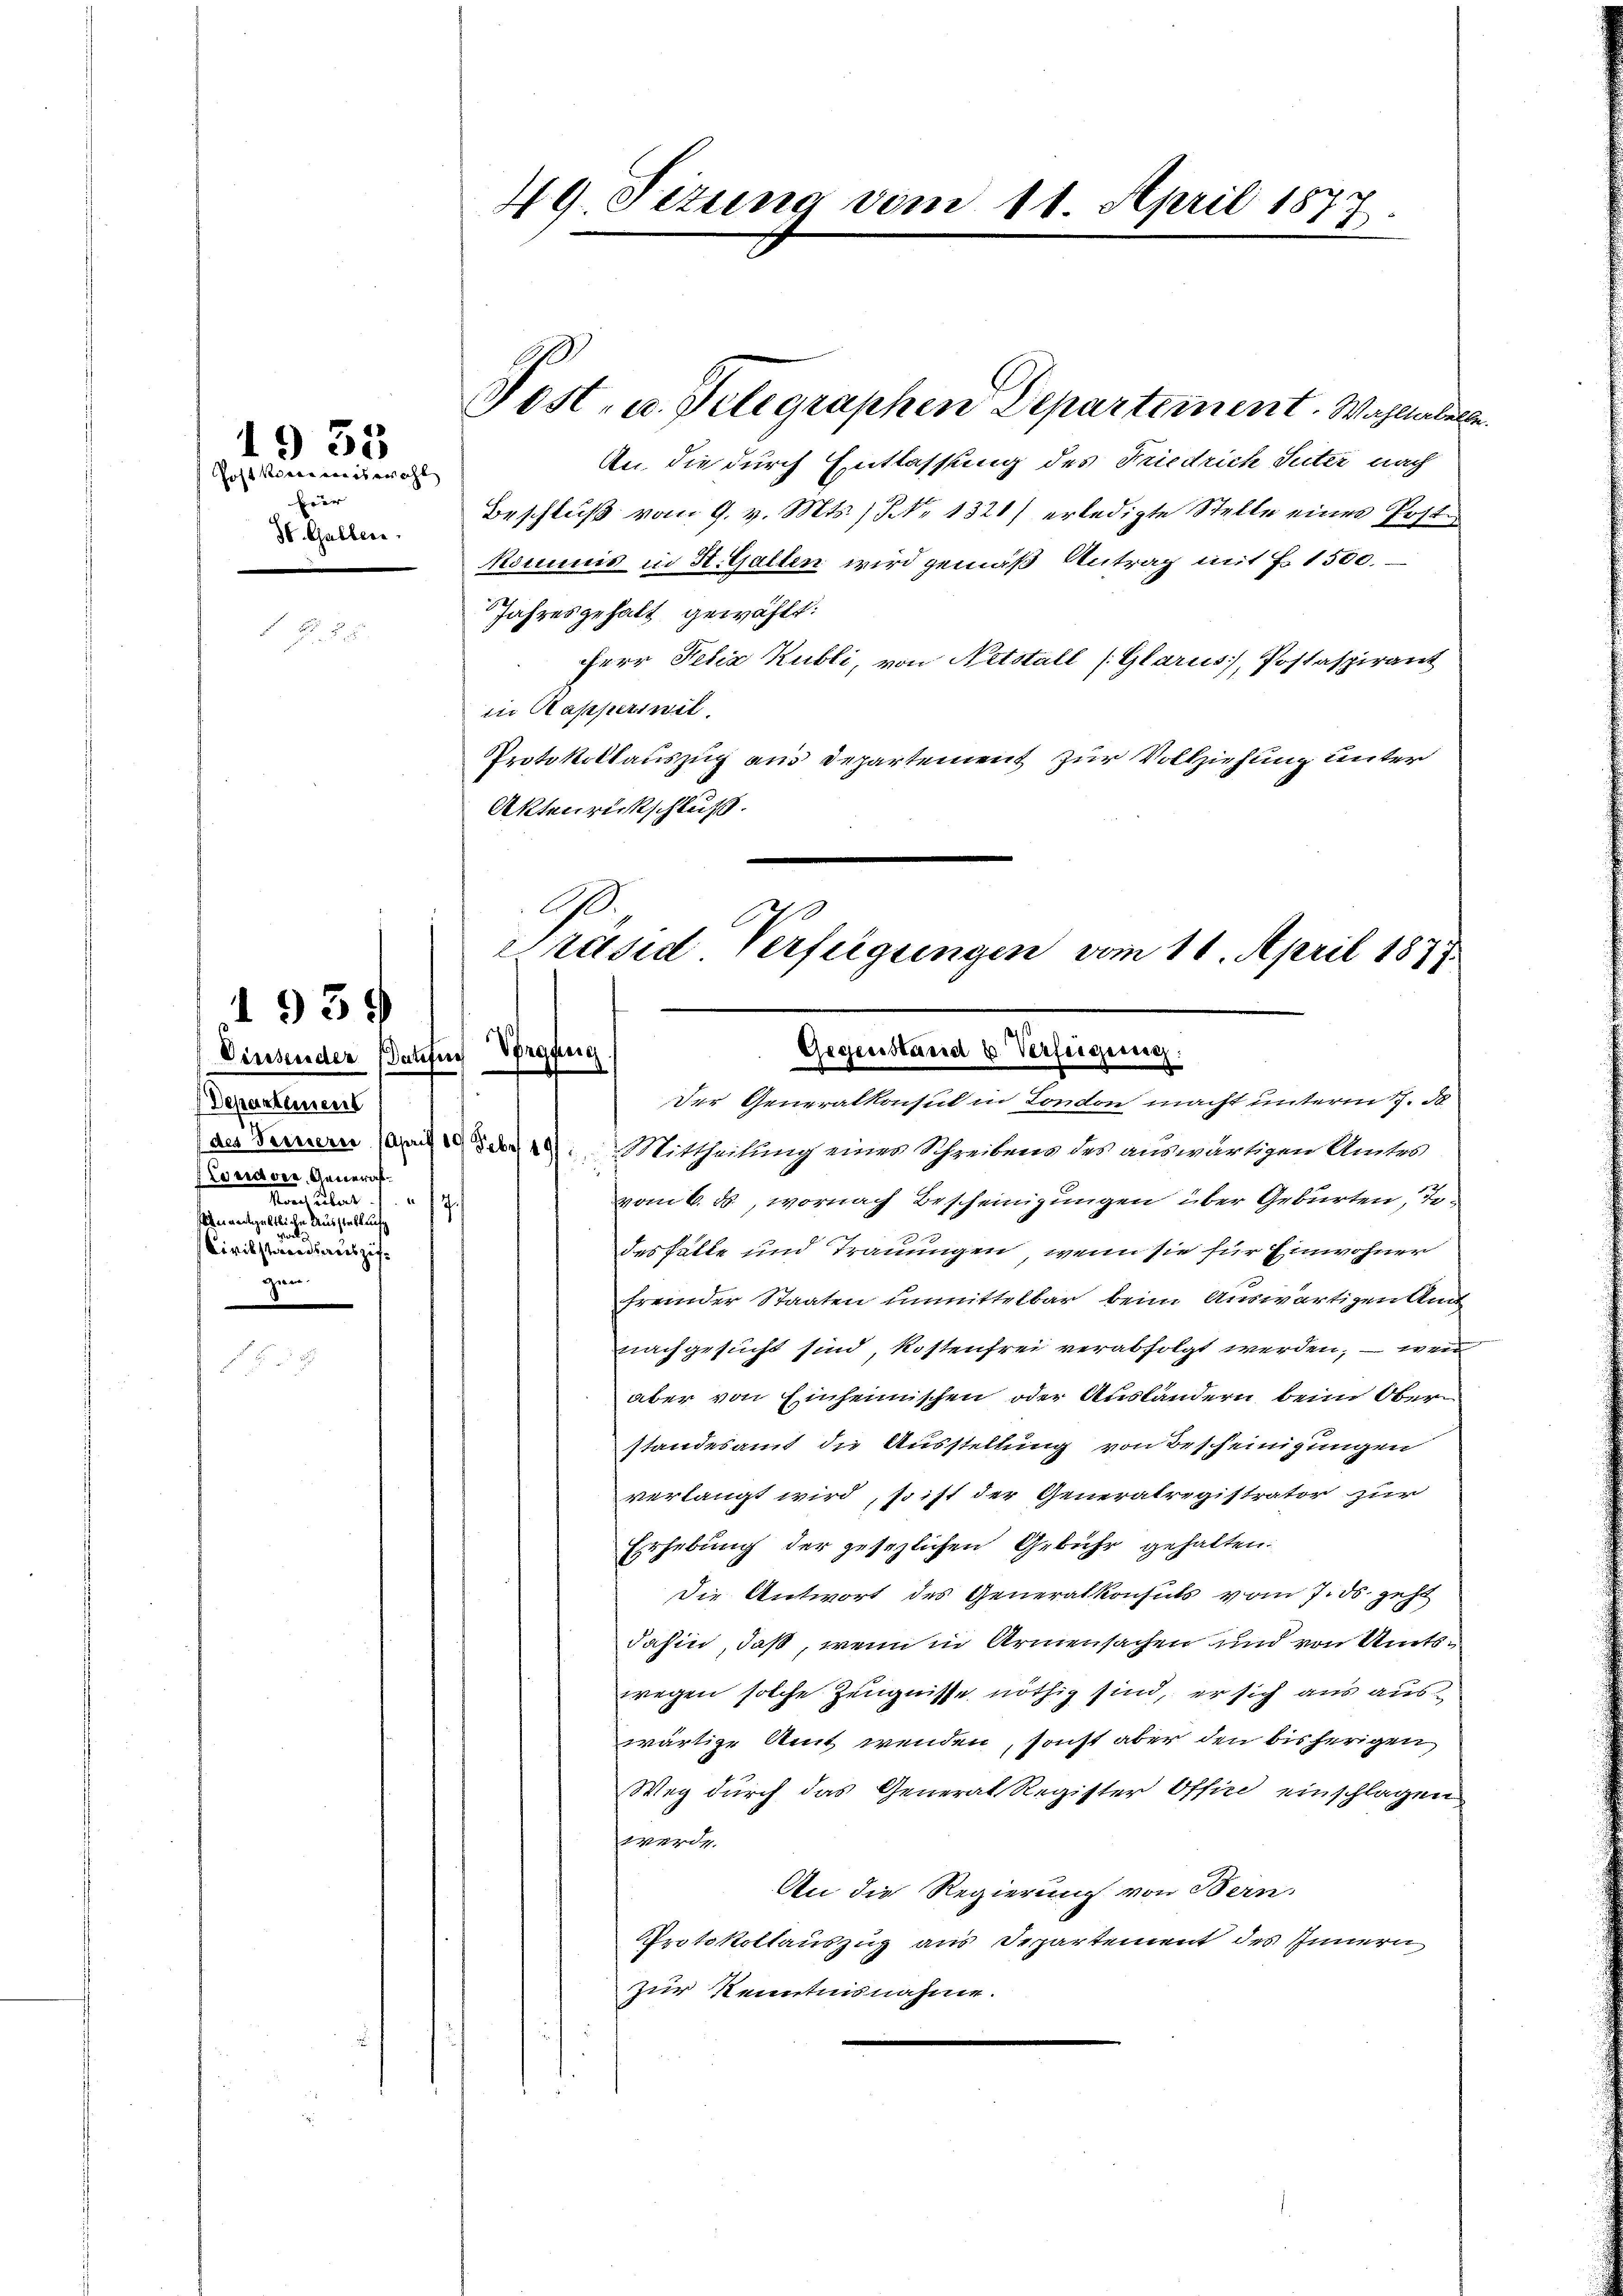
Post vorerweis wohl
heer |
St. Gallen.

19 33

Vinsender Datific
Departement
Lordver, General¬
Rand aber
.
eneingeltliche Ausstellung
Civilstandsauszifzen.

1939

49. Sizung vom 11. April 1877.

Post- u. Telegraphen Departement. Wahlber
An die durch Entlassung des Friedrich Suter nach
Beschluß vom 9. v. Mts., No 1321) erledigte Stelle eines Postkommis in H. Gallen wird gemäß Antrag mit 1500.
Jahresgehalt gewählt:
Herr Felix Kubli, von Netstall (Glarus, Postaspirant
in Kapperswil
Protokollauszug aus Departement zur Vollziehung unter
Aktenrückschluß.
de Fernern ad 2. Mittheilung eines Schreibens des auswärtigen Amtes
vom 6. ds., wornach Bescheinigungen über Geburten, To-
des Fälle und Trauungen, wenn sie für Einwohner
fremder Staaten unmittelbar beim Auswärtigen Amt
nachgesucht sind, Kostenfrei verabfolgt werden, – wer
aber von Einheimischen oder Ausländern beim Oberstandesamt die Ausstellung von Bescheinigungen
verlangt wird, so ist der Generatregistrator zur
Erhebung der gesezlichen Gebühr gehalten.
Die Antwort des Generalkonsuls vom 7. ds. geht
dahin, daß, wenn in Armensachen und von Amtswegen solche Zeugnisse nöthig sind, er sich aus auswärtige Amt wenden, sonst aber den bisherigen
Weg durch das General Register Offin einschlagen
werde.
An die Regierung von Bern.
Protokollauszug aus Departement des Innern
zur Kenntnisnahme.

A
Präsid Verfügungen vom 11. April 1877
Vorgang
Gegenstand u. Verfeigung:
e
Der Generalkonsul in London macht unterm 17. de